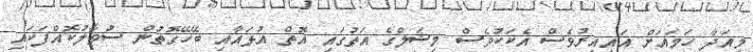
މިއަދާ ހަމައަށް އައިއިރުވެސް އެކަކުވެސް މިޝަލްގެ އަތުގައި އޮތް އުޅައާއި ބޭހޭގޮތުން ސުވާލުކޮއްފަކައި